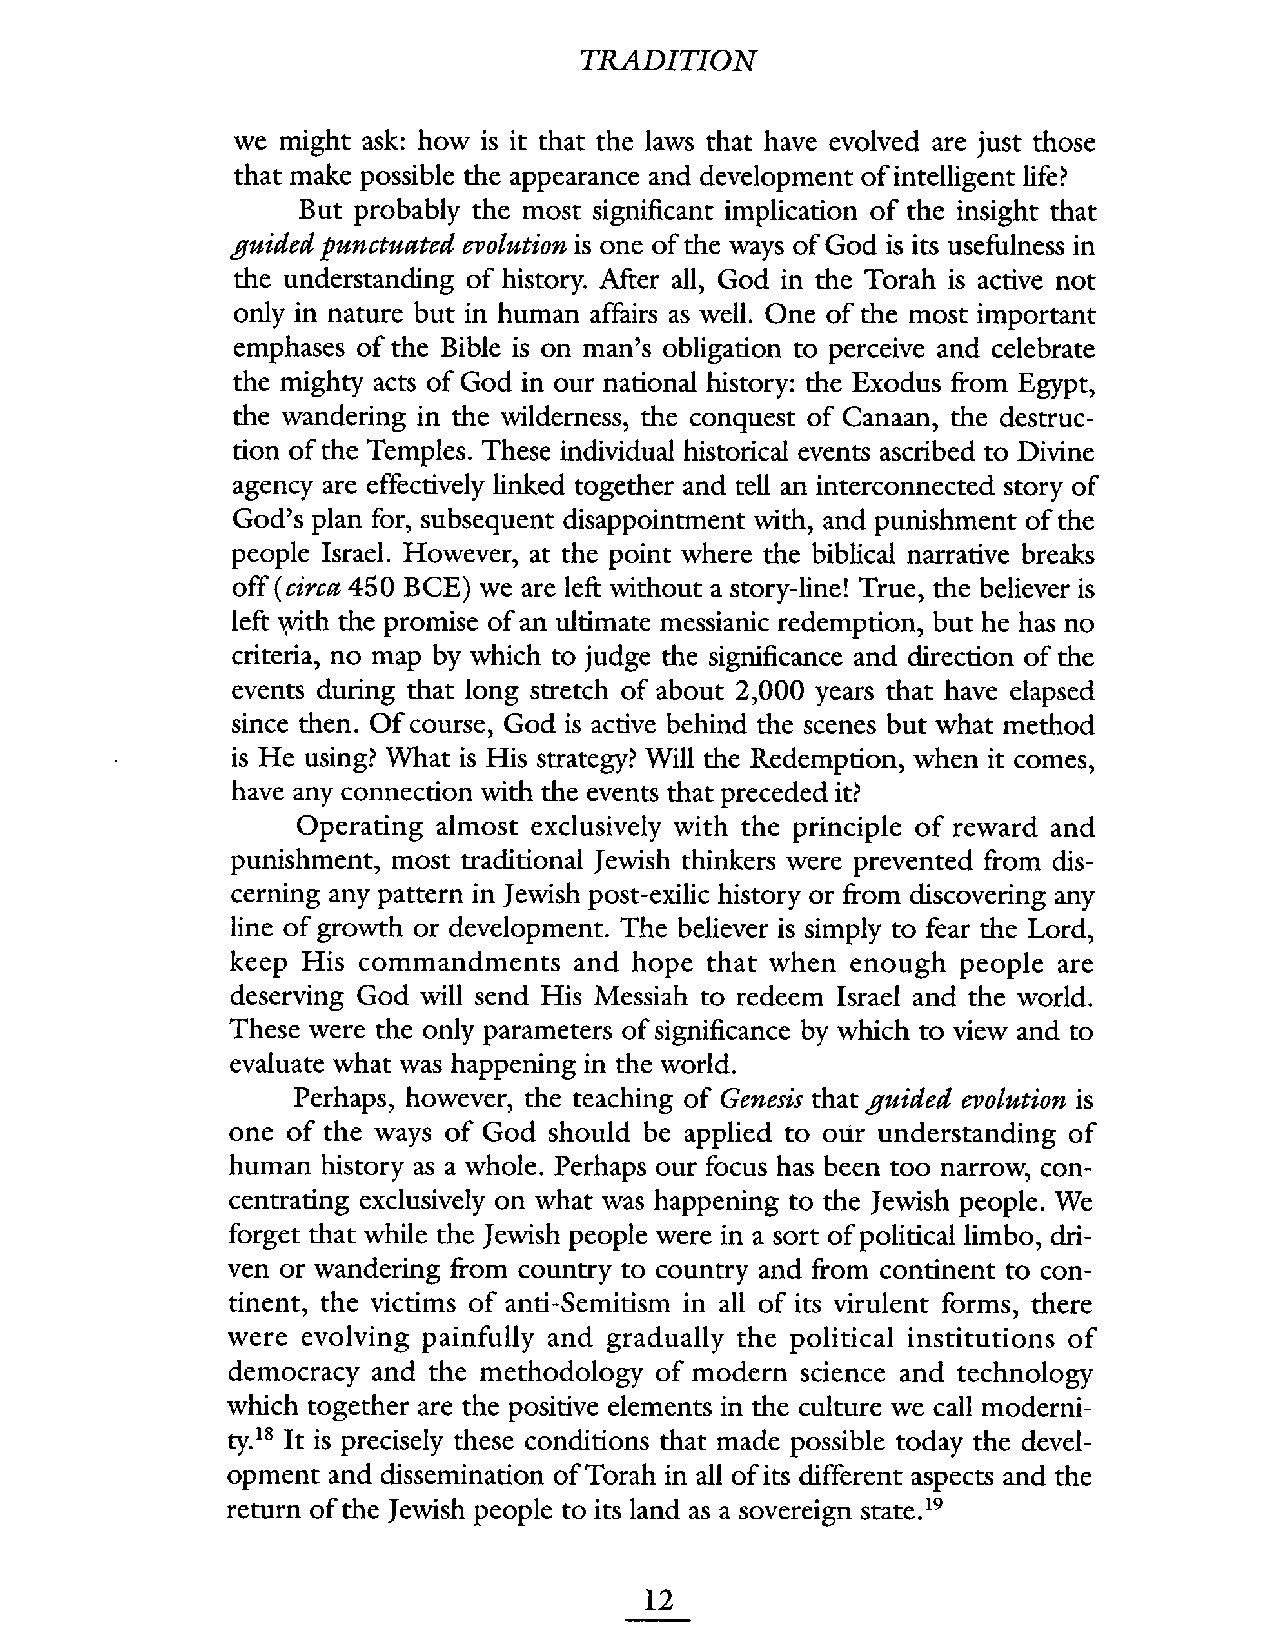
TRAITION
 we might ask: how is it that the laws that have evolved are just those
 that make possible the appearance and development of intelligent life?
 But probably the most significant implication of the insight that
 guided punctuated evolution is one of the ways of God is its usefulness in
 the understanding of history. Afer al, God in the Torah is active not
 only in nature but in human affairs as well. One of the most important
 emphases of the Bible is on man's obligation to perceive and celebrate
 the mighty acts of God in our national history: the Exodus from Egypt,
 the wandering in the wilderness, the conquest of Canaan, the destruc-
 tion of the Temples. These individual historical events ascribed to Divine
 agency are effectively linked together and tell an interconnected story of
 God's plan for, subsequent disappointment with, and punishment of the
 people IsraeL. However, at the point where the biblical narrative breaks
 off (circa 450 BCE) we are left without a story-line! True, the believer is
 left 'Yth the promise of an ultimate messianic redemption, but he has no
 criteria, no map by which to judge the significance and direction of the
 events during that long stretch of about 2,000 years that have elapsed
 since then. Of course, God is active behind the scenes but what method
 is He using? What is His strategy? Wil the Redemption, when it comes,
 have any connection with the events that preceded it?
 Operating almost exclusively with the principle of reward and
 punishment, most traditional Jewish thinkers were prevented from dis-
 cerning any pattern in Jewish post-exilic history or from discovering any
 line of growth or development. The believer is simply to fear the Lord,
 keep His commandments  and hope that when enough people are
 deserving God will send His Messiah to redeem Israel and the world.
 These were the only parameters of significance by which to view and to
 evaluate what was happening in the world.
 Perhaps, however, the teaching of Genesis that guided evolution is
 one of the ways of God should be applied to oúr understanding of
 human history as a whole. Perhaps our focus has been too narrow, con-
 centrating exclusively on what was happening to the Jewish people. We
 forget that while the Jewish people were in a sort of political limbo, dr-
 ven or wandering from country to country and from continent to con-
 tinent, the victims of anti-Semitism in all of its virulent forms, there
 were evolving painfully and gradually the political institutions of
 democracy and the methodology of modern science and technology
 which together are the positive elements in the culture we call moderni-
 ty.18 It is precisely these conditions that made possible today the devel-
 Torah in all of its different aspects and the
 opment and dissemination of
 the Jewish people to its land as a sovereign state.19
 return of
 12